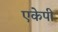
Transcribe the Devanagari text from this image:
एकेपी